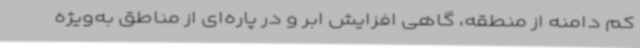
کم دامنه از منطقه، گاهی افزایش ابر و در پاره‌ای از مناطق به‌ویژه